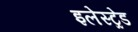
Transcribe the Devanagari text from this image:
इलेस्ट्रेड